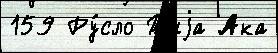
159 Ру́сло Тыjа Ака